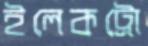
ইলেকট্রো